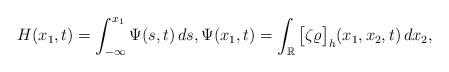
LaTeX: \begin{align*}H(x_1,t)=\int_{-\infty}^{x_1} \Psi(s,t)\, ds, \Psi(x_1,t)=\int_{\mathbb R } \big[\zeta \varrho\big]_h (x_1, x_2, t)\, dx_2, \end{align*}